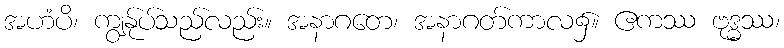
အဟံပိ၊ ကျွန်ုပ်သည်လည်း။ အနာဂတေ၊ အနာဂတ်ကာလ၌။ ဧကဿ ဗုဒ္ဓဿ၊